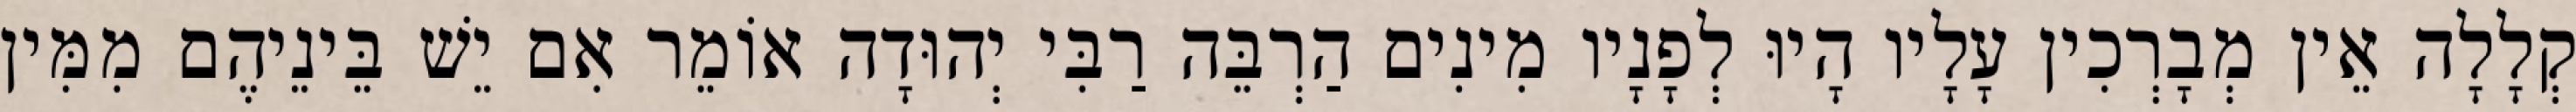
קְלָלָה אֵין מְבָרְכִין עָלָיו הָיוּ לְפָנָיו מִינִים הַרְבֵּה רַבִּי יְהוּדָה אוֹמֵר אִם יֵשׁ בֵּינֵיהֶם מִמִּין